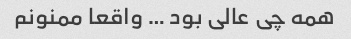
همه چی عالی بود … واقعا ممنونم